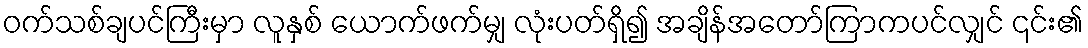
ဝက်သစ်ချပင်ကြီးမှာ လူနှစ် ယောက်ဖက်မျှ လုံးပတ်ရှိ၍ အချိန်အတော်ကြာကပင်လျှင် ၎င်း၏